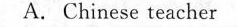
A.Chinese teacher